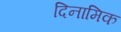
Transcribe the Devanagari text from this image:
दिनामिक